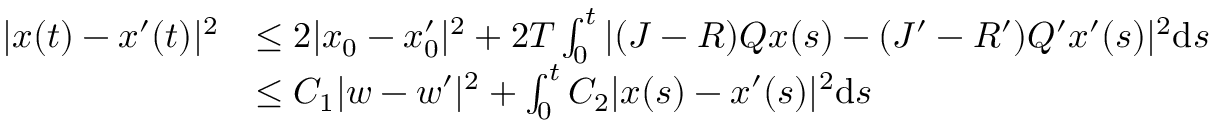
\begin{array} { r l } { | x ( t ) - x ^ { \prime } ( t ) | ^ { 2 } } & { \le 2 | x _ { 0 } - x _ { 0 } ^ { \prime } | ^ { 2 } + 2 T \int _ { 0 } ^ { t } | ( J - R ) Q x ( s ) - ( J ^ { \prime } - R ^ { \prime } ) Q ^ { \prime } x ^ { \prime } ( s ) | ^ { 2 } \mathrm { d } s } \\ & { \le C _ { 1 } | w - w ^ { \prime } | ^ { 2 } + \int _ { 0 } ^ { t } C _ { 2 } | x ( s ) - x ^ { \prime } ( s ) | ^ { 2 } \mathrm { d } s } \end{array}